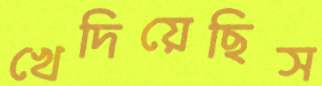
খেদিয়েছিস